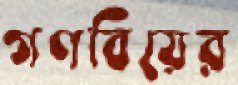
গণবিয়ের